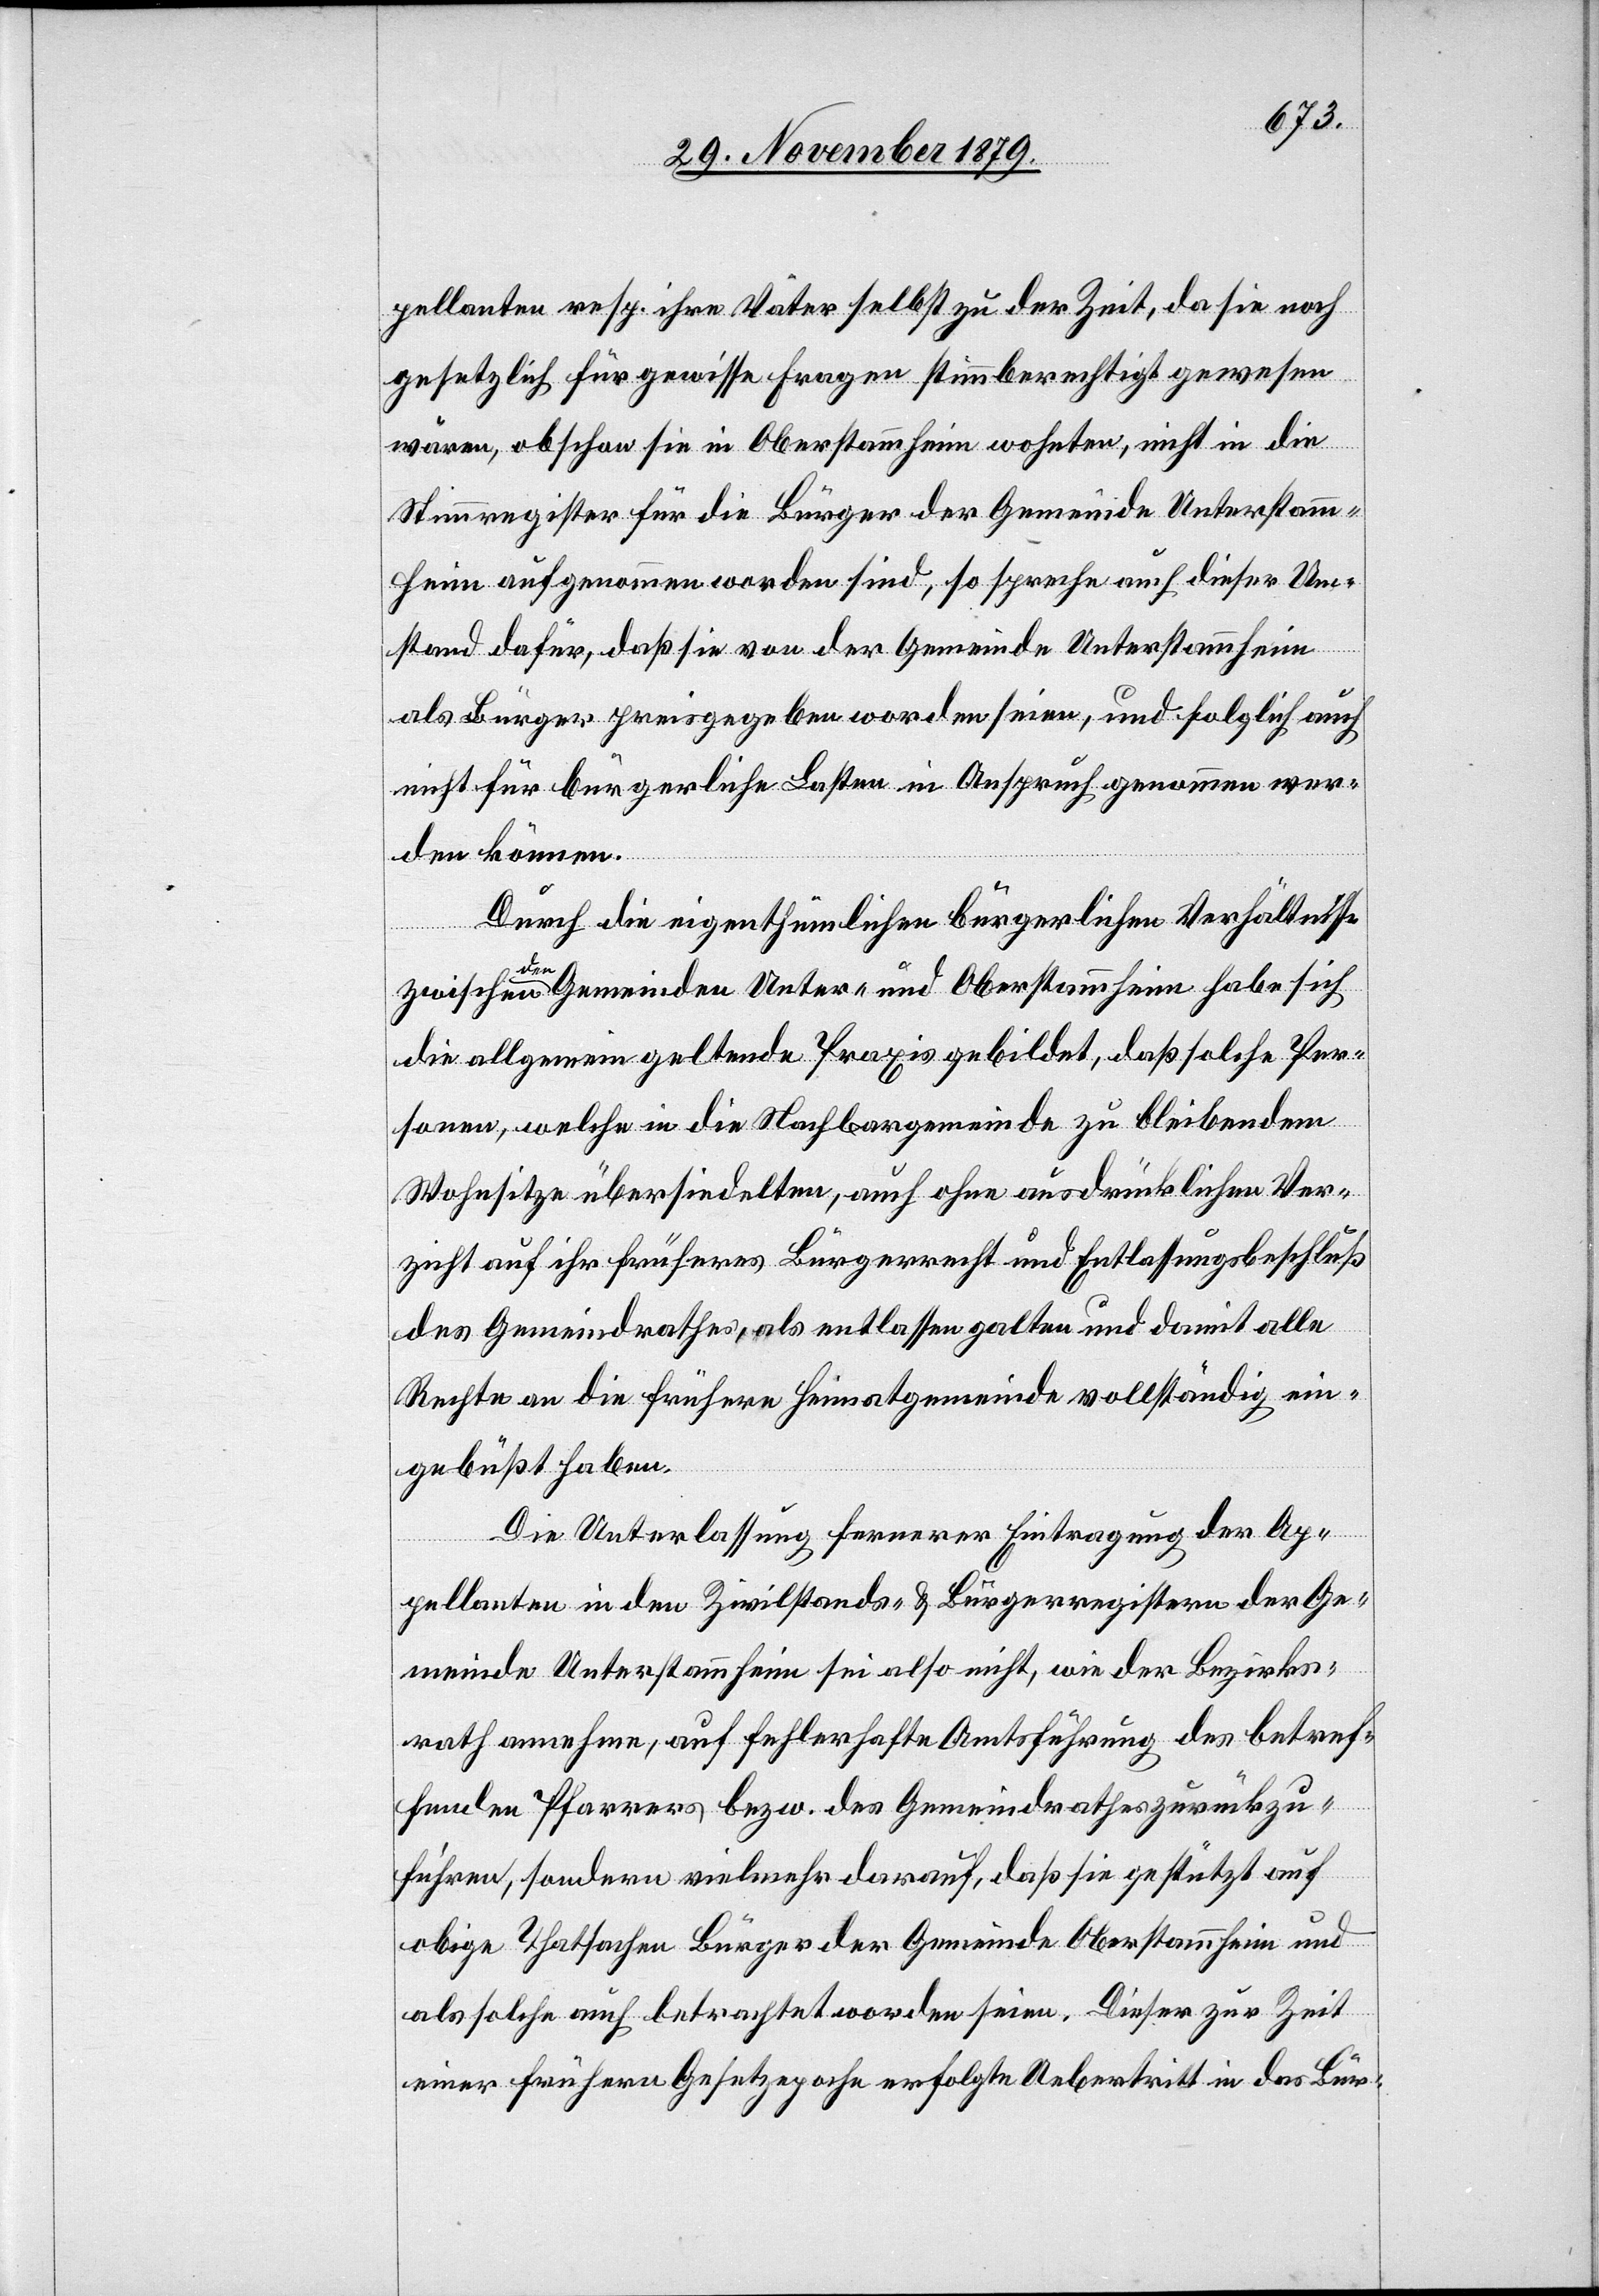
pellanten resp. ihre Väter selbst zu der Zeit, dahin noch
gesetzlich für gewisse Fragen stimmberechtigt gewesen
wären, obschon sie in Oberstammheim wohnten, nicht in die
Stimmregister für die Bürger der Gemeinde Unterstamm¬
heim aufgenommen worden sind, so spreche auch dieser Um¬
stand dafür, daß sie von der Gemeinde Unterstammheim
als Bürger preisgegeben worden seien, und folglich auch
nicht für bürgerliche Lasten in Anspruch genommen wer¬
den können.
Durch die eigenthümlichen bürgerlichen Verhältnisse
zwischen den Gemeinden Unter- und Oberstammheim habe sich
die allgemein geltende Praxis gebildet, daß solche Per¬
sonen, welche in die Nachbargemeinde zu bleibendem
Wohnsitze übersiedelten, auch ohne ausdrücklichen Ver¬
zicht auf ihr früheres Bürgerrecht und Entlassungsbeschluß
des Gemeindrathes, als entlassen galten und damit alle
Rechte an die frühere Heimatgemeinde vollständig ein¬
gebüßt haben.
Die Unterlassung fernerer Eintragung der Ap¬
pellanten in den Zivilstands- & Bürgerregistern der Ge¬
meinde Unterstammheim sei also nicht, wie der Bezirks¬
rath annehme, auf fehlerhafte Amtsführung des betref¬
fenden Pfarrers bezw. des Gemeindraths zurückzu¬
führen, sondern vielmehr darauf, daß sie gestützt auf
obige Thatsachen Bürger der Gemeinde Oberstammheim und
als solche auch betrachtet worden seien. Dieser zur Zeit
einer frühern Gesetzepoche erfolgte Uebertritt in das Bür-